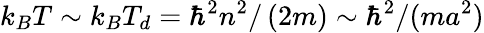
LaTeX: k_{B}T\sim k_{B}T_{d}=\hbar^{2}n^{2}/\left(2m\right)\sim\hbar^{2}/(ma^{2})